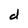
Character: d